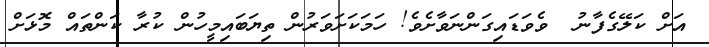
އަށް ކަލޭގެފާނު  ވެވަޑައިގަންނަވާށެވެ! ހަމަކަށަވަރުން ތިޔަބައިމީހުން ކުރާ ކަންތައް މޮޅަށް